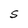
Character: S